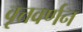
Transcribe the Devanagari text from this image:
वृत्तवर्णन